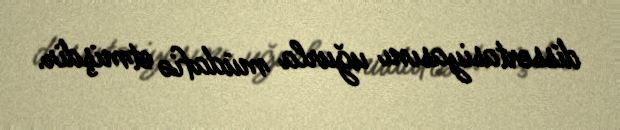
dissertasiyasını uğurla müdafiə etmişdir.